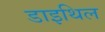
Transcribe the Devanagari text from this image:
डाइथिल